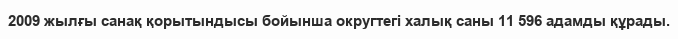
2009 жылғы санақ қорытындысы бойынша округтегі халық саны 11 596 адамды құрады.